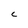
Character: C